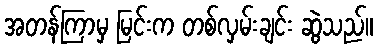
အတန်ကြာမှ မြင်းက တစ်လှမ်းချင်း ဆွဲသည်။